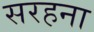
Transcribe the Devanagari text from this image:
सरहना